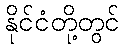
နိုင်ငံတို့တွင်